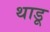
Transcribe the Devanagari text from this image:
थाडू